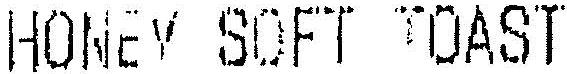
HONEY SOFT TOAST